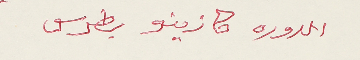
الدوره كازينو بطرس